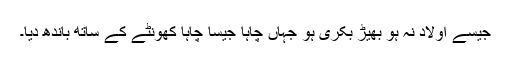
جیسے اولاد نہ ہو بھیڑ بکری ہو جہاں چاہا جیسا چاہا کھونٹے کے ساتھ باندھ دیا۔